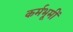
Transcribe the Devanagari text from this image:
कर्मभूमीं